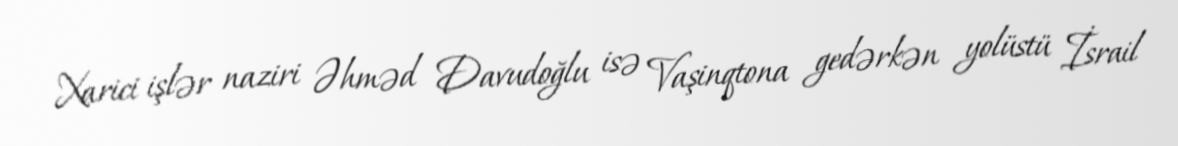
Xarici işlər naziri Əhməd Davudoğlu isə Vaşinqtona gedərkən yolüstü İsrail